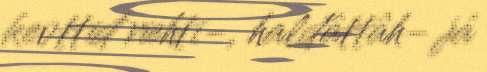
kevttiđ riehti-, haldâttâh- já